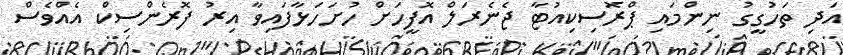
އަދި ތަހުގީގު ނިންމައި ޕްރޮސިކިއުޓާ ޖެނެރަލް އޮފީހަށް ހުށަހަޅާފައިވާ އިރު ފޮރެންސިކް އެއްވެސް